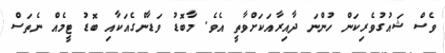
ވެސް ޝައުގުވެރިކަން ހުންނަ ދާއިރާއަކަށްވާތީ އެވެ. މާބޮޑު ވަޑާންގެއަކާއި ބޮޑު ޓީމެއް ނެތަސް